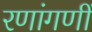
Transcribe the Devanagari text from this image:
रणांगणीं